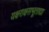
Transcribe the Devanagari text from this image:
यक्षराक्षसभूताद्या